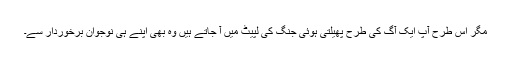
مگر اس طرح آپ ایک آگ کی طرح پھیلتی ہوئی جنگ کی لپیٹ میں آ جاتے ہیں وہ بھی اپنے ہی نوجوان برخوردار سے۔